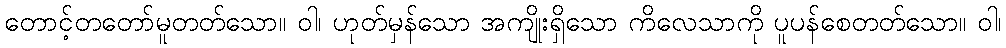
တောင့်တတော်မူတတ်သော။ ဝါ၊ ဟုတ်မှန်သော အကျိုးရှိသော ကိလေသာကို ပူပန်စေတတ်သော။ ဝါ၊